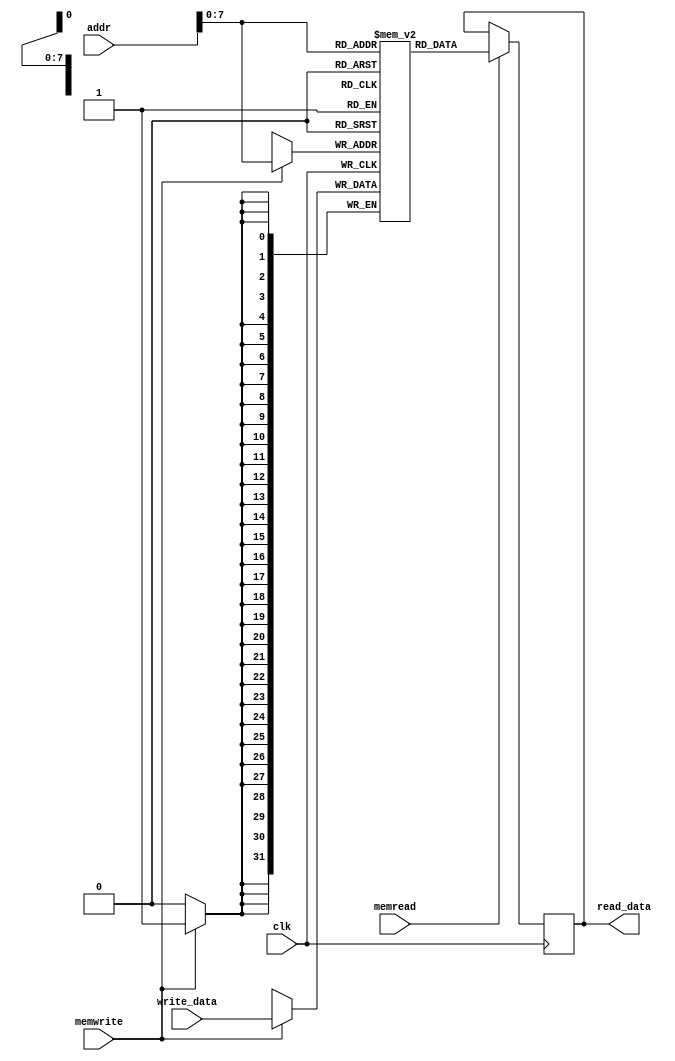
`timescale 1ns / 1ps
//////////////////////////////////////////////////////////////////////////////////
// Company: 
// Engineer: 
// 
// Design Name: 
// Module Name:    Data_mem 
// Project Name: 
// Target Devices: 
// Tool versions: 
// Description: 
//
// Dependencies: 
//
// Revision: 
// Revision 0.01 - File Created
// Additional Comments: 
//
//////////////////////////////////////////////////////////////////////////////////
module Data_mem (
	input wire [31:0] addr,          // Memory Address
	input wire [31:0] write_data,    // Memory Address Contents
	input wire memwrite, memread,
	input wire clk,                  // clock
	output reg [31:0] read_data      // Output of Memory Address Contents
);

reg [31:0] MEM[0:255];  // 256 words of 32-bit memory

integer i;

initial begin
  read_data <= 0;
  for (i = 0; i < 256; i = i + 1) begin
    MEM[i] = i;
  end
end


always @(posedge clk) begin
  if (memwrite == 1'b1) begin
    MEM[addr] <= write_data;
  end
  
  if (memread == 1'b1) begin
    read_data <= MEM[addr];
  end
end

endmodule